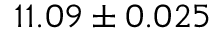
1 1 . 0 9 \pm 0 . 0 2 5